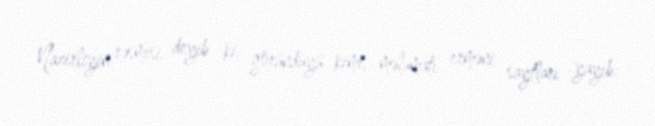
Nazirliyin rəsmisi deyib ki, göründüyü kimi, məlumatı erməni saytları yayıb: